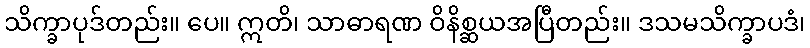
သိက္ခာပုဒ်တည်း။ ပေ။ ဣတိ၊ သာဓာရဏ ဝိနိစ္ဆယအပြီတည်း။ ဒသမသိက္ခာပဒံ၊